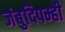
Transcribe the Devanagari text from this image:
जंबुदिपम्ही